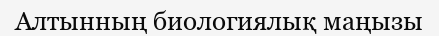
Алтынның биологиялық маңызы